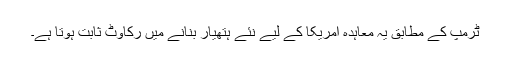
ٹرمپ کے مطابق یہ معاہدہ امریکا کے ليے نئے ہتھیار بنانے میں رکاوٹ ثابت ہوتا ہے۔